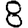
Digit: 8